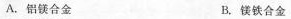
A.铝镁合金 B.镁铁合金